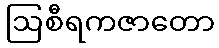
ဩစီရကဇာတော